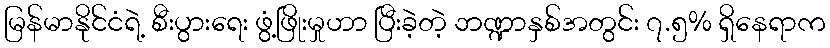
မြန်မာနိုင်ငံရဲ့ စီးပွားရေး ဖွံ့ဖြိုးမှုဟာ ပြီးခဲ့တဲ့ ဘဏ္ဍာနှစ်အတွင်း ၇.၅% ရှိနေရာက